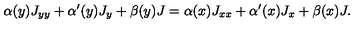
\alpha ( y ) J _ { y y } + \alpha ^ { \prime } ( y ) J _ { y } + \beta ( y ) J = \alpha ( x ) J _ { x x } + \alpha ^ { \prime } ( x ) J _ { x } + \beta ( x ) J .